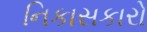
નિકાસકારો